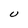
Character: U